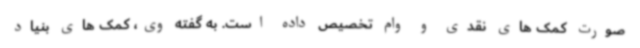
صورت کمک های نقدی و وام تخصیص داده است. به گفته وی، کمک های بنیاد